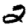
Digit: 2